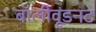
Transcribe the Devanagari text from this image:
बॉलीवूडनट